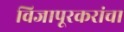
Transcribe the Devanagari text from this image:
विजापूरकरांचा